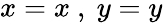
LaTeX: x=x\ ,\ y=y